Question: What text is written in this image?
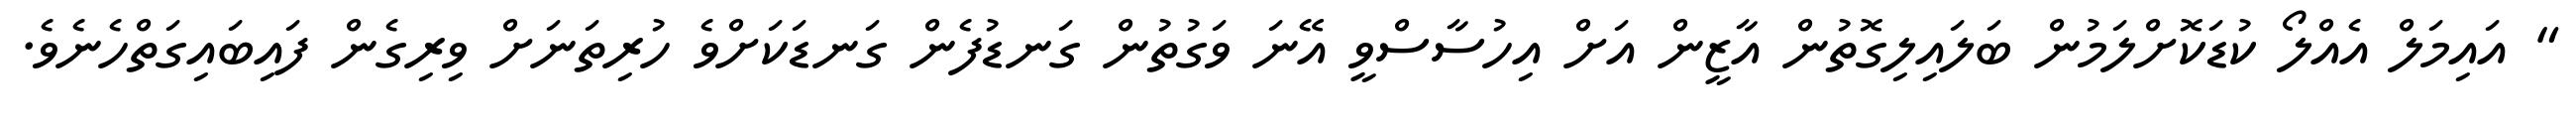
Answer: " އައިމަލް އެއްލޯ ކުޑަކޮށްލަމުން ބަލައިލިގޮތުން އާޒީން އަށް އިހުސާސްވީ އޭނަ ވަގުތުން ގަނޑުފެން ގަނޑަކަށްވެ ހުރިތަނަށް ވިރިގެން ފައިބައިގަތްހެނެވެ.